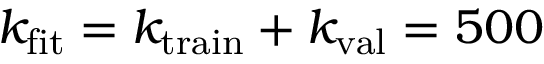
k _ { \mathrm { f i t } } = k _ { \mathrm { t r a i n } } + k _ { \mathrm { v a l } } = 5 0 0